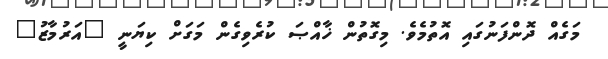
މަގެއް ދޮންފަނުގައި އޮތުމެވެ. މިގޮތުން ޚާއްޞަ ކުރެވިގެން މަގަށް ކިޔަނީ "އަރުމާޒު"